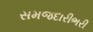
સમજદારીભરી